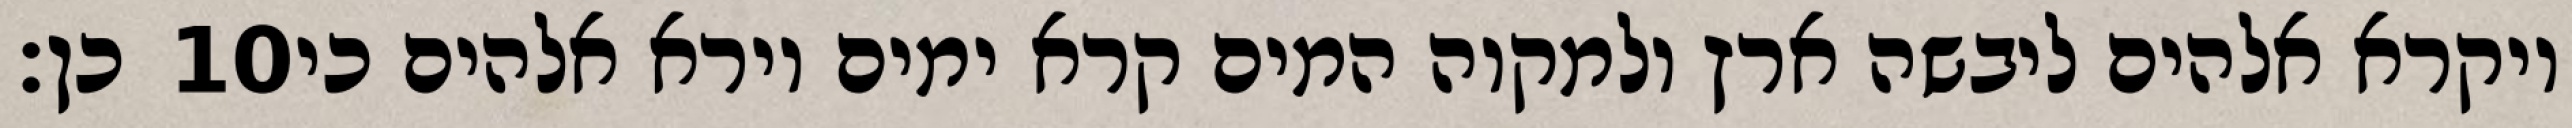
כן׃ ‎10‏ ויקרא אלהים ליבשה ארץ ולמקוה המים קרא ימים וירא אלהים כי